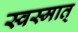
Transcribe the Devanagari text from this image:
स्वस्मात्